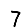
Digit: 7